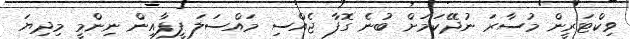
ވިކްޓަރީން މުސާރަ ނުދޭކަމަށް ބުނެ ގޮފާ ޖެއްސި މައްސަލަ ފީފާއިން ނިންމީ މިދިޔަ